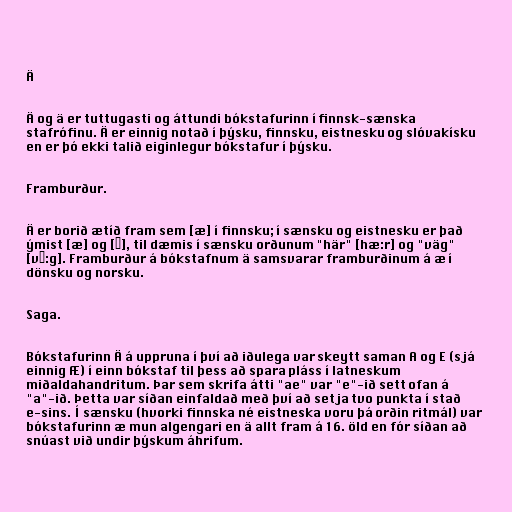
Ä

Ä og ä er tuttugasti og áttundi bókstafurinn í finnsk-sænska
stafrófinu. Ä er einnig notað í þýsku, finnsku, eistnesku og slóvakísku
en er þó ekki talið eiginlegur bókstafur í þýsku.

Framburður.

Ä er borið ætíð fram sem [æ] í finnsku; í sænsku og eistnesku er það
ýmist [æ] og [ɛ], til dæmis í sænsku orðunum "här" [hæ:r] og "väg"
[vɛ:g]. Framburður á bókstafnum ä samsvarar framburðinum á æ í
dönsku og norsku.

Saga.

Bókstafurinn Ä á uppruna í því að iðulega var skeytt saman A og E (sjá
einnig Æ) í einn bókstaf til þess að spara pláss í latneskum
miðaldahandritum. Þar sem skrifa átti "ae" var "e"-ið sett ofan á
"a"-ið. Þetta var síðan einfaldað með því að setja tvo punkta í stað
e-sins. Í sænsku (hvorki finnska né eistneska voru þá orðin ritmál) var
bókstafurinn æ mun algengari en ä allt fram á 16. öld en fór síðan að
snúast við undir þýskum áhrifum.